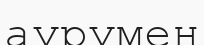
аурумен